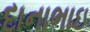
દાનાભાઇ